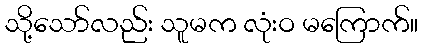
သို့သော်လည်း သူမက လုံးဝ မကြောက်။